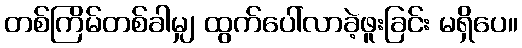
တစ်ကြိမ်တစ်ခါမျှ ထွက်ပေါ်လာခဲ့ဖူးခြင်း မရှိပေ။